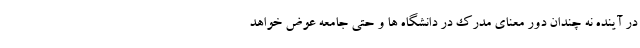
در آینده نه چندان دور معنای مدرک در دانشگاه ها و حتی جامعه عوض خواهد